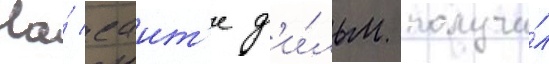
На́ саит'е ф'и́льм получи́л